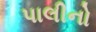
પાલીનો